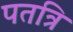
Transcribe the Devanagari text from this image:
पतत्रि